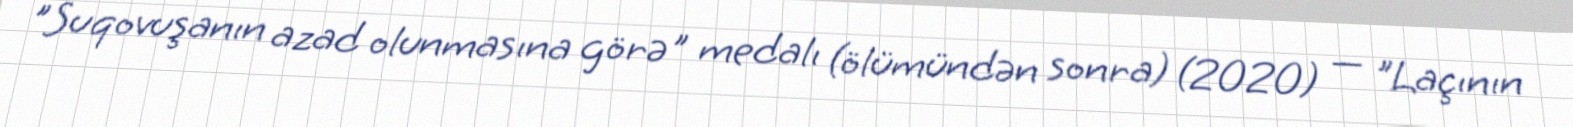
"Suqovuşanın azad olunmasına görə" medalı (ölümündən sonra) (2020) — "Laçının